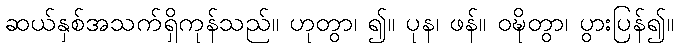
ဆယ်နှစ်အသက်ရှိကုန်သည်။ ဟုတွာ၊ ၍။ ပုန၊ ဖန်။ ဝဍ္ဎိတွာ၊ ပွားပြန်၍။